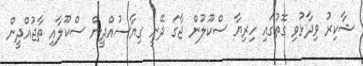
ޝާކިރު ވިދާޅުވި ގޮތުގައި ހިރިޔާ ސްކޫލުން ޖާގަ ދޭނީ ގިޔާސުއްދީން ސްކޫލާއި ތާޖުއްދީން